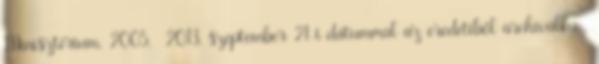
Minisztérium, 2005. 2013. szeptember 21-i dátummal az eredetiből archiválva .